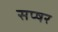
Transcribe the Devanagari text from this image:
सप्षर